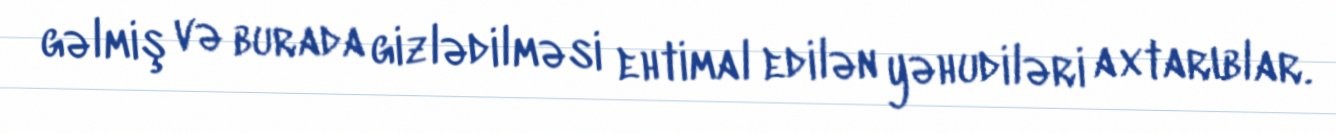
gəlmiş və burada gizlədilməsi ehtimal edilən yəhudiləri axtarıblar.